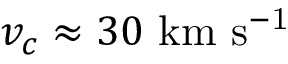
v _ { c } \approx 3 0 \ \mathrm { k m \ s ^ { - 1 } }